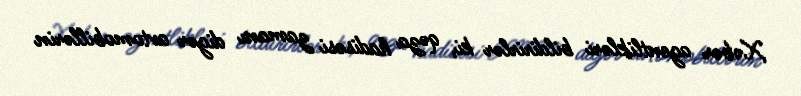
Xəbər agentlikləri bildirirlər ki, qəza hadisəsi zamanı digər avtomobillərin